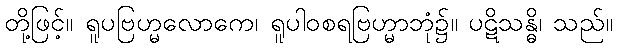
တို့ဖြင့်။ ရူပဗြဟ္မလောကေ၊ ရူပါဝစရဗြဟ္မာဘုံ၌။ ပဋိသန္ဓိ၊ သည်။